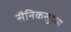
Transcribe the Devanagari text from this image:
सैनिकसुद्धा